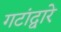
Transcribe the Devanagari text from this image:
गटांद्वारे